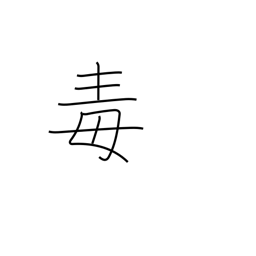
Meaning: spite